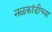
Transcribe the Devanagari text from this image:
नळकांडीच्या